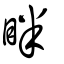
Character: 眫